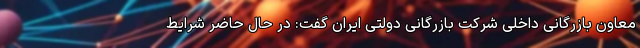
معاون بازرگانی داخلی شرکت بازرگانی دولتی ایران گفت: در حال حاضر شرایط